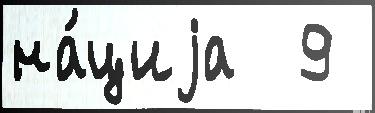
на́циjа  9